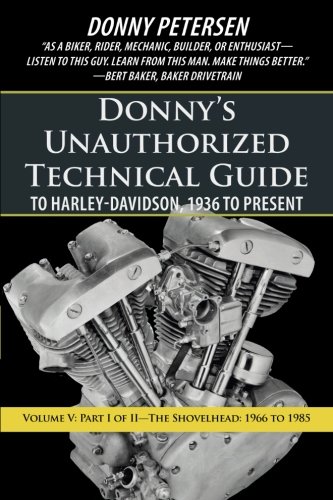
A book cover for Donny's Unauthorized Technical Guide to Harley-Davidson, 1936 to Present: Part I of II-The Shovelhead: 1966 to 1985 (Volume 5); Donny Petersen; Engineering & Transportation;